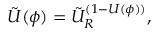
\tilde { U } ( \phi ) = \tilde { U } _ { R } ^ { ( 1 - U ( \phi ) ) } ,